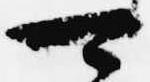
可